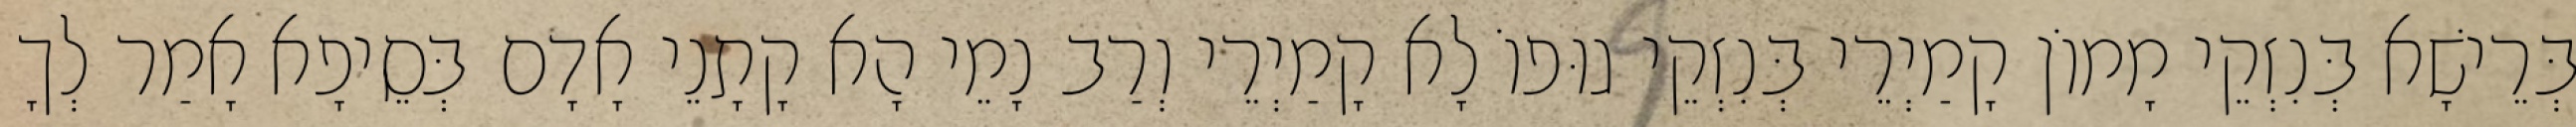
בְּרֵישָׁא בְּנִזְקֵי מָמוֹן קָמַיְרֵי בְּנִזְקֵי גוּפוֹ לָא קָמַיְרֵי וְרַב נָמֵי הָא קָתָנֵי אָדָם בְּסֵיפָא אָמַר לְךָ